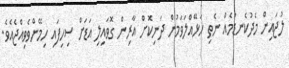
ލުޖައިން މެދުކެނޑުމެއް ނެތި ހަޅޭއްލަވަމުން ދަނިކޮށް އާރިން ގޮވައިލި އަޑަށް ސިހިފައި ހިމޭންވެވިއްޖެއެވެ.